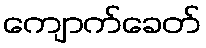
ကျောက်ခေတ်